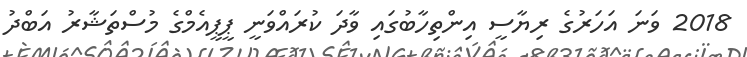
2018 ވަނަ އަހަރުގެ ރިޔާސީ އިންތިހާބުގައި ވާދަ ކުރައްވަނީ ޕީޕީއެމްގެ މުސްތަޝާރު އަބްދު